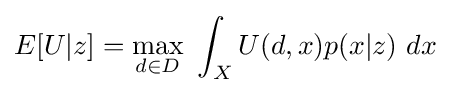
E[U|z]=\max _{d\in D}~\int _{X}U(d,x)p(x|z)~dx